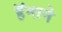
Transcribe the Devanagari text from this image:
हॅनाने